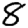
Digit: 8